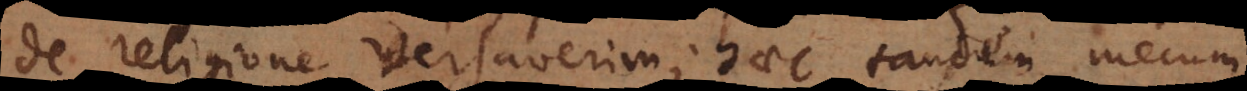
de religione versaverim; haec tandem mecum